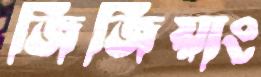
জিজিয়াং